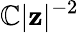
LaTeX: \mathbb{C}|\mathbf{{z}}|^{-2}